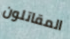
المقاتلون